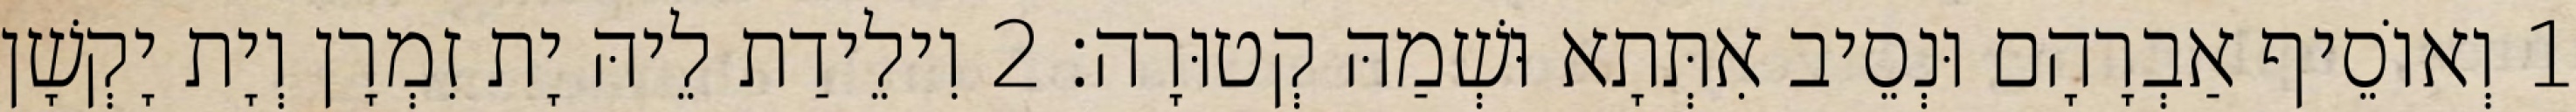
1 וְאוֹסֵיף אַבְרָהָם וּנְסֵיב אִתְּתָא וּשְׁמַהּ קְטוּרָה׃ 2 וִילֵידַת לֵיהּ יָת זִמְרָן וְיָת יָקְשָׁן